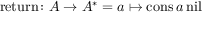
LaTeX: { \mathrm { r e t u r n } } \colon A \to A ^ { * } = a \mapsto { \mathrm { c o n s } } \, a \, { \mathrm { n i l } }